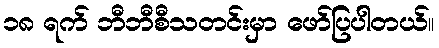
၁၈ ရက် ဘီဘီစီသတင်းမှာ ဖော်ပြပါတယ်။